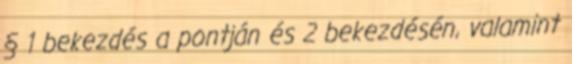
§ 1 bekezdés a pontján és 2 bekezdésén, valamint